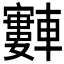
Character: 𫐂